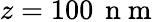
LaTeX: z=100\, \mathrm{~n~m~}